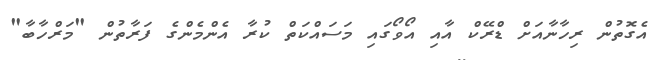
އެގޮތުން ރިހާނާއަށް ޑްރޭކް އާއި އޯވޯގައި މަސައްކަތް ކުރާ އެންމެންގެ ފަރާތުން "މަރްހާބާ"